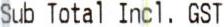
SUB TOTAL INCL. GST